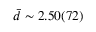
\bar { d } \sim 2 . 5 0 ( 7 2 )